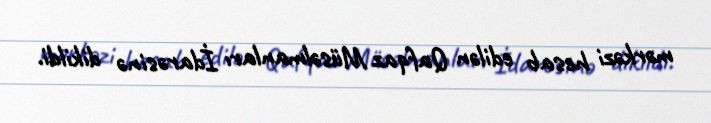
mərkəzi hesab edilən Qafqaz Müsəlmanları İdarəsinə dikildi.